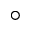
^ \circ